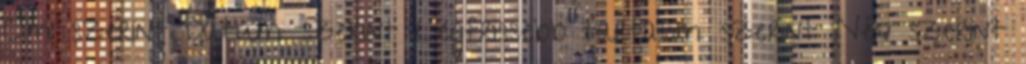
Cím szerint Dátum szerint Legfrissebb tartalom szerint Név szerint